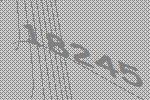
18245